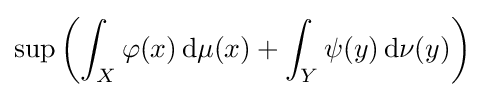
\sup \left(\int _{X}\varphi (x)\,\mathrm {d} \mu (x)+\int _{Y}\psi (y)\,\mathrm {d} \nu (y)\right)